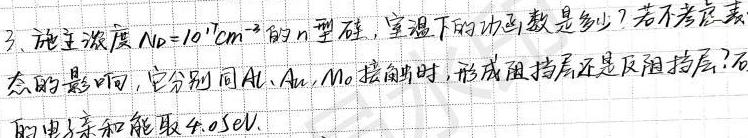
3、施主浓度$N_D = 10^{17}cm^{-3}$的$n$型硅，室温下的功函数是多少？若不考虑表面态的影响，它分别同$Al$、$Au$、$Mo$接触时，形成阻挡层还是反阻挡层？硅的电子亲和能取$4.05eV$。